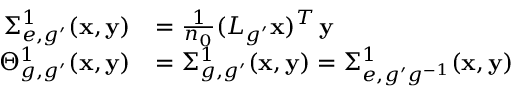
\begin{array} { r l } { \Sigma _ { e , g ^ { \prime } } ^ { 1 } ( \mathbf x , \mathbf y ) } & { = \frac { 1 } { n _ { 0 } } ( L _ { g ^ { \prime } } \mathbf { x } ) ^ { T } \, \mathbf { y } } \\ { \Theta _ { g , g ^ { \prime } } ^ { 1 } ( \mathbf x , \mathbf y ) } & { = \Sigma _ { g , g ^ { \prime } } ^ { 1 } ( \mathbf x , \mathbf y ) = \Sigma _ { e , g ^ { \prime } g ^ { - 1 } } ^ { 1 } ( \mathbf x , \mathbf y ) } \end{array}